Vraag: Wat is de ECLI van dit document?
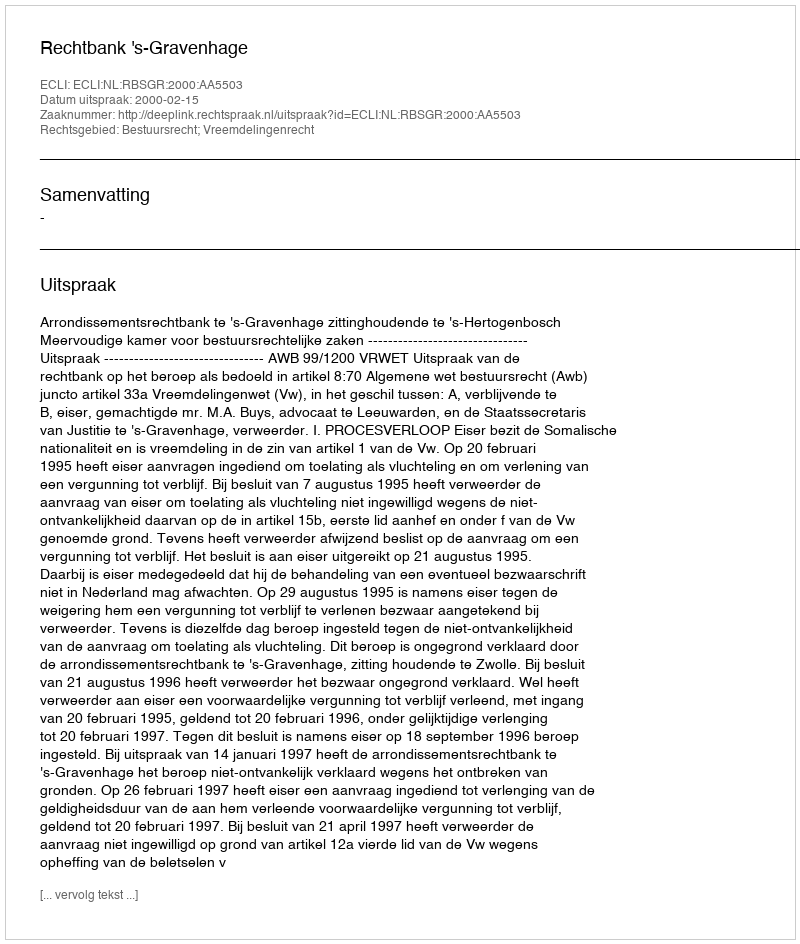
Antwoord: ECLI:NL:RBSGR:2000:AA5503